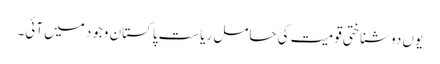
یوں دو شناختی قومیت کی حامل ریاستِ پاکستان وجود میں آئی۔